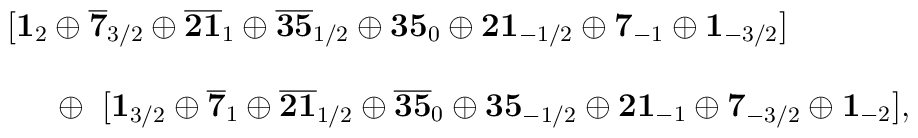
\begin{array}{cl} & [{\bf 1}_2 \oplus {\bf \overline {7}}_{3/2} \oplus {\bf \overline {21}}_1  \oplus {\bf \overline {35}}_{1/2} \oplus {\bf 35}_0 \oplus {\bf 21}_{-1/2}                     \oplus {\bf 7}_{-1} \oplus {\bf 1}_{-3/2}] \\\\ & ~~~~\oplus~[{\bf 1}_{3/2} \oplus {\bf \overline{7}}_1                                  \oplus {\bf \overline {21}}_{1/2}       \oplus {\bf \overline {35}}_0 \oplus                               {\bf 35}_{-1/2} \oplus {\bf 21}_{-1}       \oplus {\bf 7}_{-3/2} \oplus {\bf 1}_{-2}],\end{array}